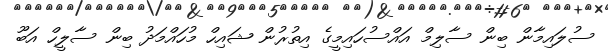
ސުލައިމާން ބިން ސާލިމް އައްސުހައިމީގެ އިތުރުން ޝައިހް މުހައްމަދު ބިން ސާލީހް އަބޫ